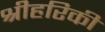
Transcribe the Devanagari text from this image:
श्रीहरिकी